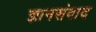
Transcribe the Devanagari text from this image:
ज्ञानसंवाद